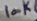
Text: 100K